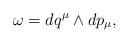
LaTeX: \begin{align*}\omega =dq^{\mu}\wedge dp_{\mu},\end{align*}